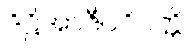
ဒိဋ္ဌိအာဇီဝဝိပတ္တိ